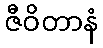
ဇီဝိတာနံ